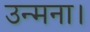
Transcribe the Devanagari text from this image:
उन्मना।